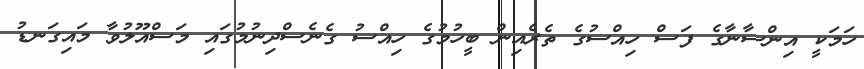
ހަމަކީ އިންސާނާގެ ފަސް ހިއްސުގެ ތެރެއިން ބީހުމުގެ ހިއްސު ގެނެސްދިނުމުގައި މަސްއޫލުވާ މައިގަނޑު